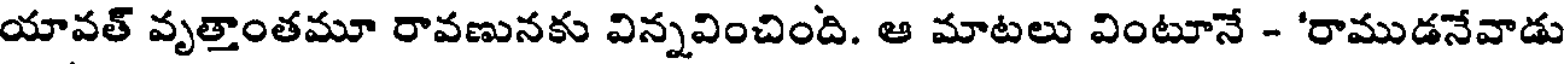
యావత్ వృత్తాంతమూ రావణునకు విన్నవించింది. ఆ మాటలు వింటూనే - 'రాముడనేవాడు